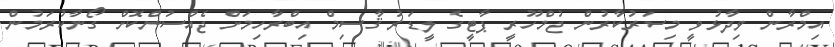
އިމްރާން ވިދާޅުވީ މިސަރުކާރުން ޖުމްހޫރީ ޕާޓީގެ ލީޑަރު ޤާސިމް އިބްރާހިމަށް ޖެއްސުންކޮށް ގޯނާކުރަމުން